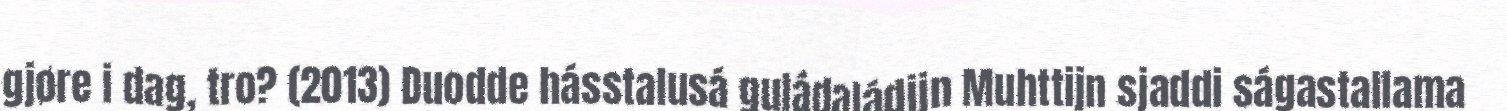
gjøre i dag, tro? (2013) Duodde hásstalusá guládaládijn Muhttijn sjaddi ságastallama